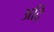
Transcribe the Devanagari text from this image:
अद्रि